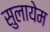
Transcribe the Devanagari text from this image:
सुलायेम